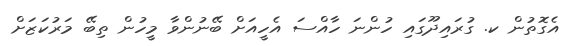
އެގޮތުން ކ. ގުރައިދޫގައި ހުންނަ ހާއްސަ އެހީއަށް ބޭނުންވާ މީހުން ތިބޭ މަރުކަޒަށް